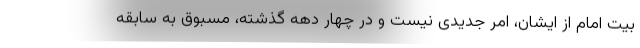
بیت امام از ایشان، امر جدیدی نیست و در چهار دهه گذشته، مسبوق به سابقه